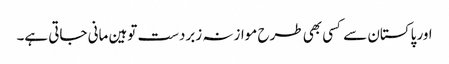
اور پاکستان سے کسی بھی طرح موازنہ زبردست توہین مانی جاتی ہے۔